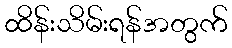
ထိန်းသိမ်းရန်အတွက်